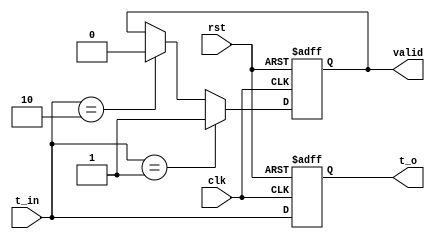
module shift_t
(   
    input clk,
    input rst,
    input [2:0] t_in,
    output reg valid,
    output reg [2:0] t_o
);
reg valid_next;
reg [7:0] counter,counter_next;

always@(*)begin

    if(t_in == 3'b001) valid_next = 1'b1;
    else if(t_in == 3'b010)valid_next = 1'b0;
    else valid_next = valid;
    
end

    always@(posedge clk or posedge rst)begin
        if(rst)begin
            t_o         <= 3'b0;
            valid       <= 1'b0;
            counter     <= 5'b0;
        end
        else begin
            t_o         <= t_in;
            valid       <= valid_next;
            counter     <= counter_next;
        end

    end
endmodule